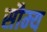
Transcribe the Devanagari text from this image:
सौम्‍य